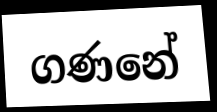
ගණනේ